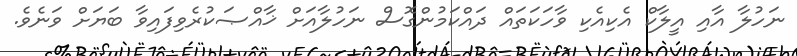
ނަހުލާ އާއި އީލާކް އެކިއެކި ވާހަކަތައް ދައްކަމުންގޮސް ނަހުލާއަށް ޚާއްޞަކުރެވިފައިވާ ބަޔަށް ވަނެވެ.